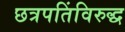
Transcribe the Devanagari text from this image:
छत्रपतिंविरुद्ध